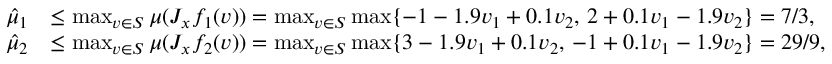
\begin{array} { r l } { \hat { \mu } _ { 1 } } & { \leq \operatorname* { m a x } _ { v \in S } \mu ( J _ { x } f _ { 1 } ( v ) ) = \operatorname* { m a x } _ { v \in S } \operatorname* { m a x } \{ - 1 - 1 . 9 v _ { 1 } + 0 . 1 v _ { 2 } , \, 2 + 0 . 1 v _ { 1 } - 1 . 9 v _ { 2 } \} = 7 / 3 , } \\ { \hat { \mu } _ { 2 } } & { \leq \operatorname* { m a x } _ { v \in S } \mu ( J _ { x } f _ { 2 } ( v ) ) = \operatorname* { m a x } _ { v \in S } \operatorname* { m a x } \{ 3 - 1 . 9 v _ { 1 } + 0 . 1 v _ { 2 } , \, - 1 + 0 . 1 v _ { 1 } - 1 . 9 v _ { 2 } \} = 2 9 / 9 , } \end{array}